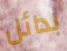
بدائل